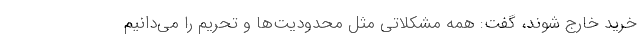
خرید خارج شوند، گفت: همه مشکلاتی مثل محدودیت‌ها و تحریم را می‌دانیم